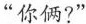
“你俩?”